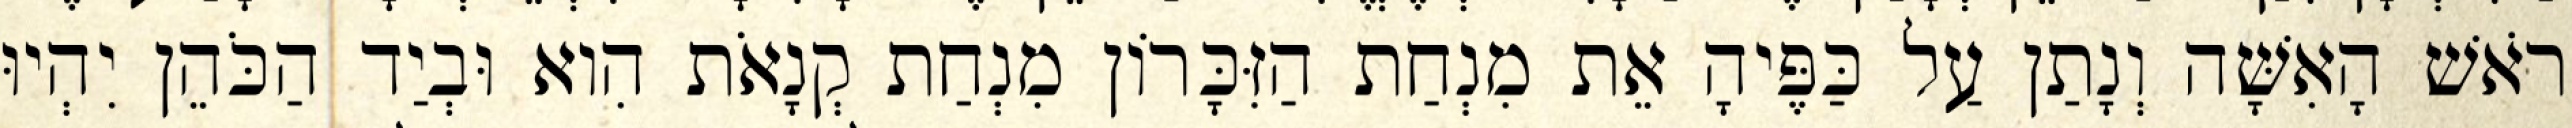
רֹאשׁ הָאִשָּׁה וְנָתַן עַל כַּפֶּיהָ אֵת מִנְחַת הַזִּכָּרוֹן מִנְחַת קְנָאֹת הִוא וּבְיַד הַכֹּהֵן יִהְיוּ